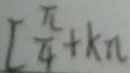
[ \frac { \pi } { 4 } + k \pi